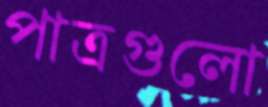
পাত্রগুলো